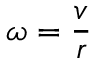
\omega = { \frac { v } { r } }